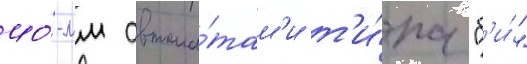
40-мм автома́там'и т'и́па "б'и́"